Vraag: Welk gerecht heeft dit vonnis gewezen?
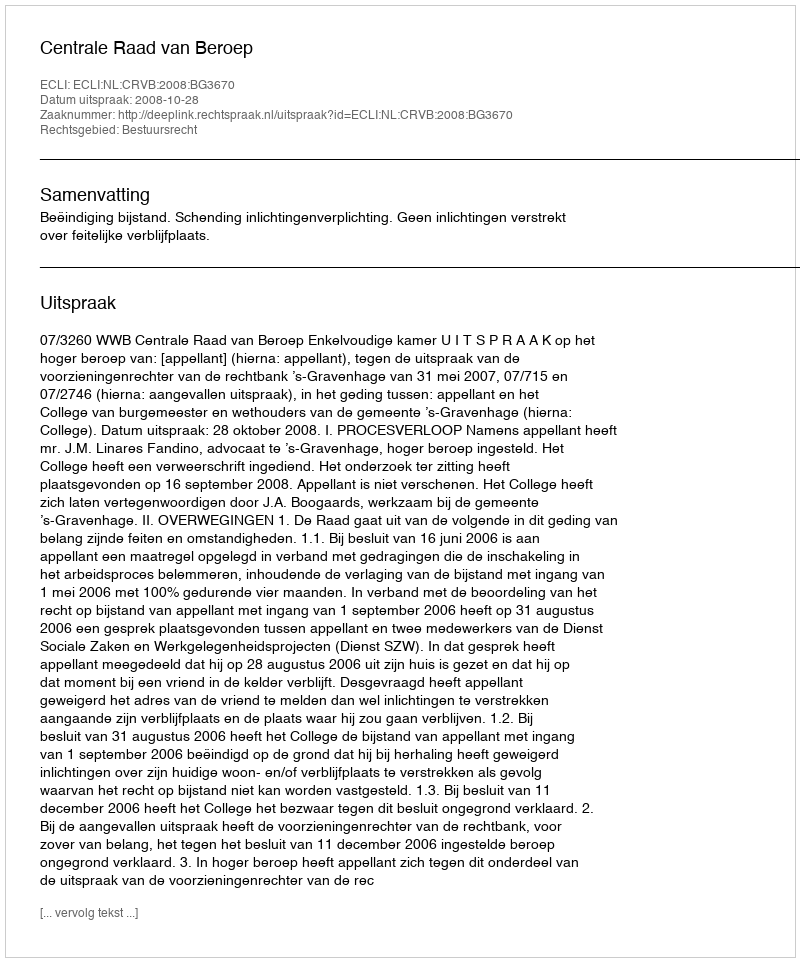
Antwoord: Centrale Raad van Beroep